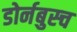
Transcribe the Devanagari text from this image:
डोर्नबुस्च